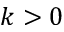
k > 0